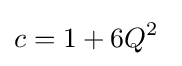
c=1+6Q^{2}\